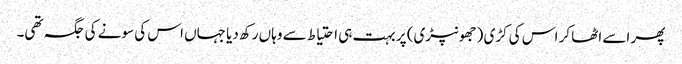
پھر اسے اٹھا کر اس کی کڑی (جھونپڑی) پر بہت ہی احتیاط سے وہاں رکھ دیا جہاں اس کی سونے کی جگہ تھی۔